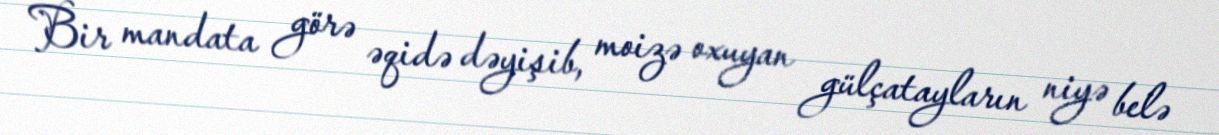
Bir mandata görə əqidə dəyişib, moizə oxuyan gülçatayların niyə belə